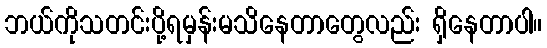
ဘယ်ကိုသတင်းပို့ရမှန်းမသိနေတာတွေလည်း ရှိနေတာပါ။